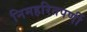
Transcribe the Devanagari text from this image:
निमहरितपर्णी